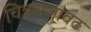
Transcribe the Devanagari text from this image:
चित्रसजावट